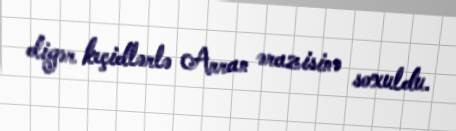
digər keçidlərlə Arran ərazisinə soxuldu.